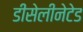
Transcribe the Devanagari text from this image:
डीसेलीनेटेड